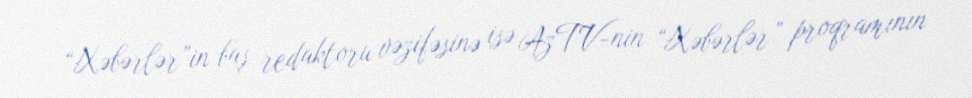
“Xəbərlər”in baş redaktoru vəzifəsinə isə AzTV-nin “Xəbərlər” proqramının